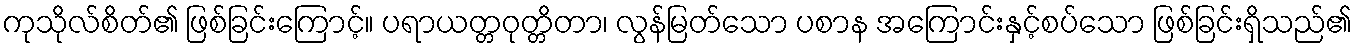
ကုသိုလ်စိတ်၏ ဖြစ်ခြင်းကြောင့်။ ပရာယတ္တဝုတ္တိတာ၊ လွန်မြတ်သော ပစာန အကြောင်းနှင့်စပ်သော ဖြစ်ခြင်းရှိသည်၏